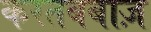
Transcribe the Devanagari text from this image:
करतबबाज़